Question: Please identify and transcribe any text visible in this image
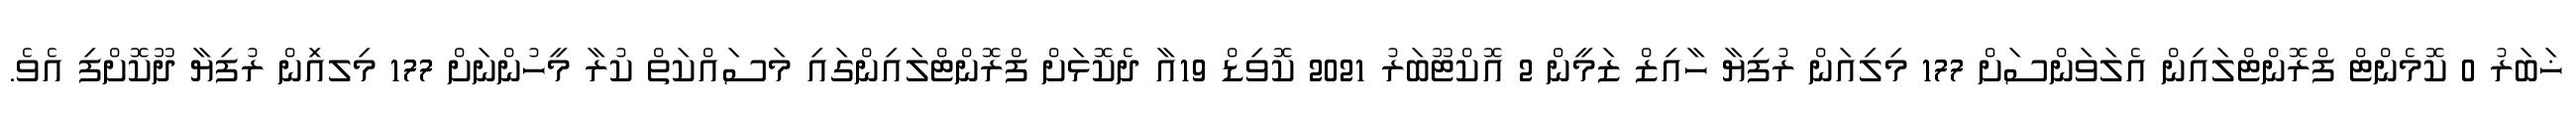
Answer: ޚަބަރު 0 ކޮމެންޓް ފްރޮންޓްލައިން އެލަވަންސަށް 177 މިލިއަން ރުފިޔާ ހާއިޒް ޒަމީން 2 އޮކްޓޫބަރު 2021 ކޮވިޑް 19އާ ދެކޮޅަށް ފްރޮންޓްލައިންގައި މަސައްކަތް ކުރާ މީހުންނަށް 177 މިލއިަން ރުފިޔާ ދޫކޮށްފި އެވެ.